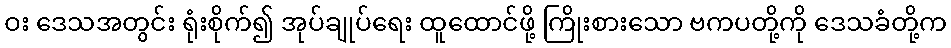
ဝး ဒေသအတွင်း ရုံးစိုက်၍ အုပ်ချုပ်ရေး ထူထောင်ဖို့ ကြိုးစားသော ဗကပတို့ကို ဒေသခံတို့က